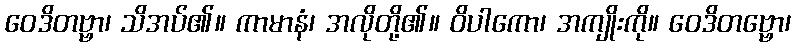
ဝေဒိတဗ္ဗာ၊ သိအပ်၏။ ကာမာနံ၊ အလိုတို့၏။ ဝိပါကော၊ အကျိုးကို။ ဝေဒိတဗ္ဗော၊